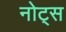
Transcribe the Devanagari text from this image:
नोट्‍स